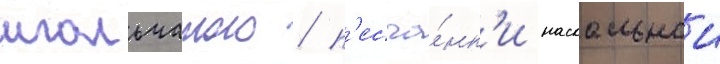
игольчатого / п'есча́нк'и наскальнои